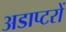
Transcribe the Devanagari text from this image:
अडाप्टरों